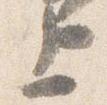
上